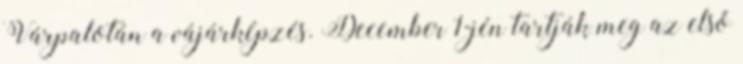
Várpalotán a vájárképzés. December 1-jén tartják meg az első